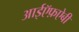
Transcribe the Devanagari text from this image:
आईऍफ़ऐबी